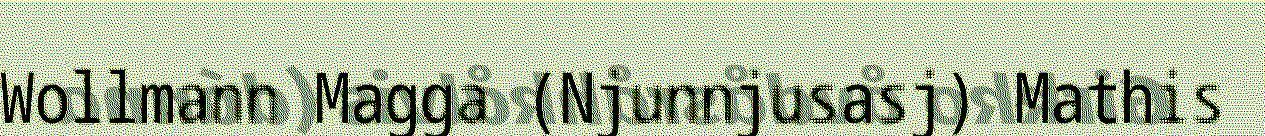
Wollmann Magga (Njunnjusasj) Mathis